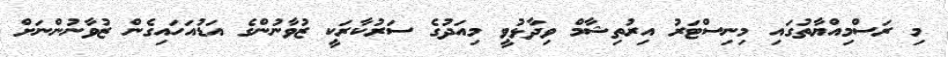
މި ރަސްމިއްޔާތުގައި މިނިސްޓަރު އިރުތިޝާމް ވިދާޅުވީ މިއަދުގެ ސަރުކާރަކީ ޒުވާނުންގެ އަޑުއަހައިގެން ޒުވާނުންނަށް